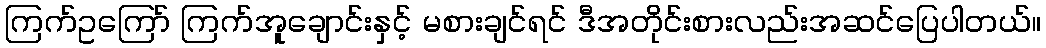
ကြက်ဥကြော် ကြက်အူချောင်းနှင့် မစားချင်ရင် ဒီအတိုင်းစားလည်းအဆင်ပြေပါတယ်။